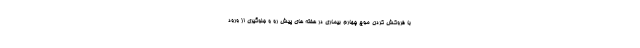
با فروکش کردن موج چهارم بیماری در هفته های پیش رو و جلوگیری از ورود